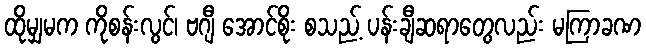
ထိုမျှမက ကိုစန်းလွင်၊ ဗဂျီ အောင်စိုး စသည့် ပန်းချီဆရာတွေလည်း မကြာခဏ